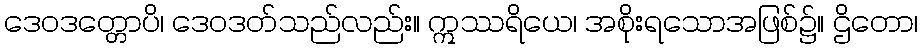
ဒေဝဒတ္တောပိ၊ ဒေဝဒတ်သည်လည်း။ ဣဿရိယေ၊ အစိုးရသောအဖြစ်၌။ ဌိတော၊